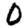
Digit: 0